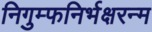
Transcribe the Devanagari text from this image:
निगुम्फनिर्भक्षरन्म